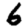
Digit: 6